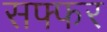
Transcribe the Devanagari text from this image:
सफ्फर